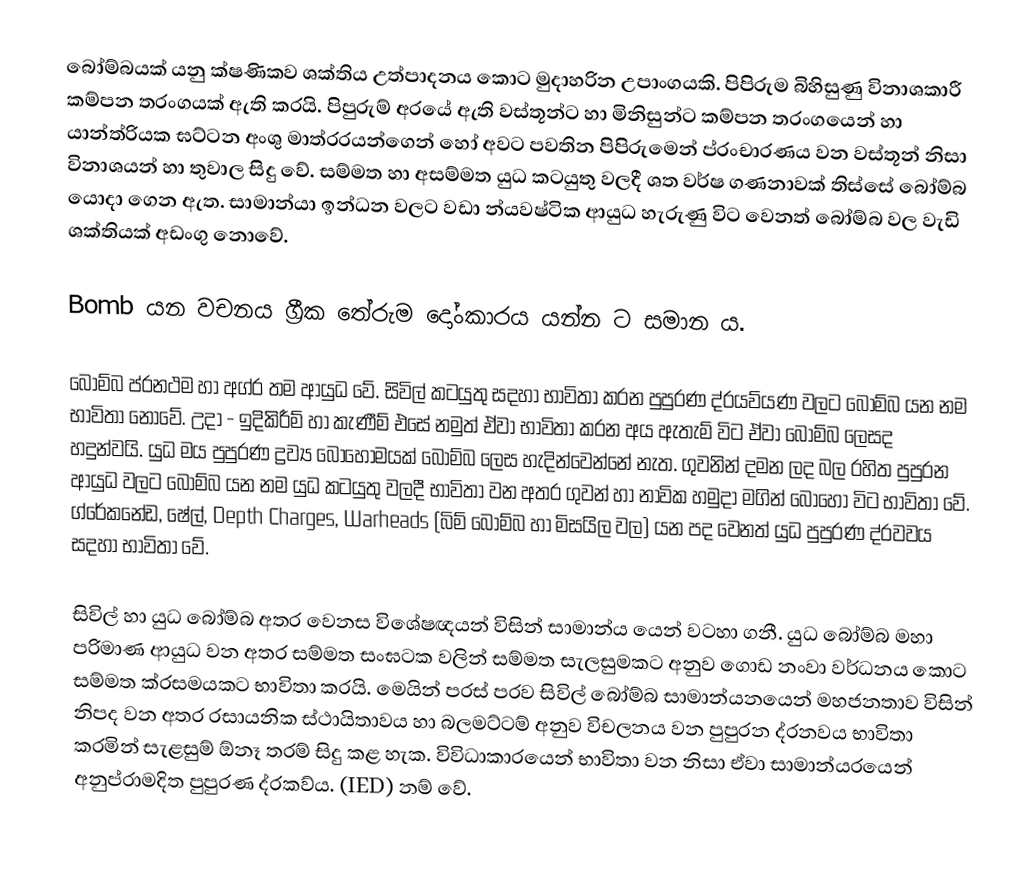
බෝම්බයක් යනු ක්ෂණිකව ශක්තිය උත්පාදනය කොට මුදාහරින උපාංගයකි. පිපිරුම බිහිසුණු විනාශකාරී කම්පන තරංගයක් ඇති කරයි. පිපුරුම් අරයේ ඇති වස්තූන්ට හා මිනිසුන්ට කම්පන තරංගයෙන් හා යාන්ත්රියක ඝට්ටන අංශු මාත්රරයන්ගෙන් හෝ අවට පවතින පිපිරුමෙන් ප්රංචාරණය වන වස්තූන් නිසා විනාශයන් හා තුවාල සිදු වේ. සම්මත හා අසම්මත යුධ කටයුතු වලදී ශත වර්ෂ ගණනාවක් තිස්සේ බෝම්බ යොදා ගෙන ඇත. සාමාන්යා ඉන්ධන වලට වඩා න්යවෂ්ටික ආයුධ හැරුණු විට වෙනත් බෝම්බ වල වැඩි ශක්තියක් අඩංගු නොවේ.

Bomb යන වචනය  ග්‍රීක තේරුම දෝංකාරය යන්න ට සමාන ය.

බෝම්බ ප්රනථම හා අග්ර තම ආයුධ වේ. සිවිල් කටයුතු සදහා භාවිතා කරන පුපුරණ ද්රයව්යණ වලට බෝම්බ යන නම භාවිතා නොවේ. උදා - ඉදිකිරීම් හා කැණීම් එසේ නමුත් ඒවා භාවිතා කරන අය ඇතැම් විට ඒවා බෝම්බ ලෙසද හදුන්වයි. යුධ මය පුපුරණ ද්‍රව්‍ය  බොහෝමයක් බෝම්බ ලෙස හැදින්වෙන්නේ නැත. ගුවනින් දමන ලද බල රහිත පුපුරන ආයුධ වලට බෝම්බ යන නම යුධ කටයුතු වලදී භාවිතා වන අතර ගුවන් හා නාවික හමුදා මගින් බොහෝ විට භාවිතා වේ.  ග්රේකනේඩ, ෂේල්, Depth Charges, Warheads (බිම් බෝම්බ හා මිසයිල වල) යන පද වෙනත් යුධ පුපුරණ ද්රවවය සදහා භාවිතා වේ.

සිවිල් හා යුධ බෝම්බ අතර වෙනස විශේෂඥයන් විසින් සාමාන්ය යෙන් වටහා ගනී. යුධ බෝම්බ මහා පරිමාණ ආයුධ වන අතර සම්මත සංඝටක වලින් සම්මත සැලසුමකට අනුව ගොඩ නංවා වර්ධනය කොට සම්මත ක්රසමයකට භාවිතා කරයි. මෙයින් පරස් පරව සිවිල් බෝම්බ සාමාන්යනයෙන් මහජනතාව විසින් නිපද වන අතර රසායනික ස්ථායිතාවය හා බලමට්ටම් අනුව විචලනය වන පුපුරන ද්රනවය භාවිතා කරමින් සැළසුම් ඕනෑ තරම් සිදු කළ හැක. විවිධාකාරයෙන් භාවිතා වන නිසා ඒවා සාමාන්යරයෙන් අනුප්රාමදිත පුපුරණ ද්රකව්ය. (IED) නම් වේ.